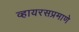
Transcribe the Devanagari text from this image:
व्हायरसप्रमाणे